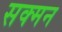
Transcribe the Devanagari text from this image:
सक्मन